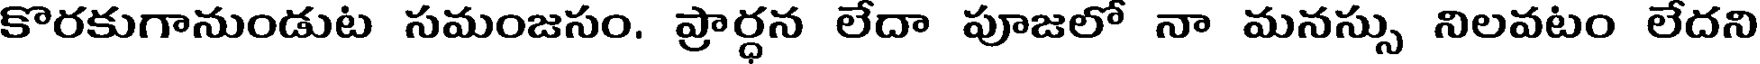
కొరకుగానుండుట సమంజసం. ప్రార్ధన లేదా పూజలో నా మనస్సు నిలవటం లేదని